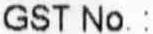
GST NO.: